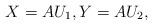
LaTeX: \begin{align*}X=A U_1, Y=A U_2,\end{align*}